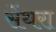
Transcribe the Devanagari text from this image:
सेंथरा